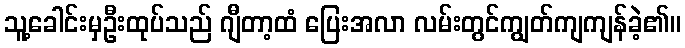
သူ့ခေါင်းမှဦးထုပ်သည် ဂျီတာ့ထံ ပြေးအလာ လမ်းတွင်ကျွတ်ကျကျန်ခဲ့၏။